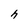
Character: h